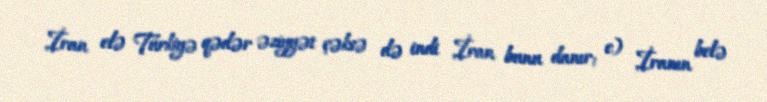
İran elə Türkiyə qədər əziyyət çəksə də indi İran bunu danır; c) İranın belə